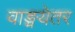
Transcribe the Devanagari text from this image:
वाङ्मयेतर